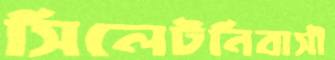
সিলেটনিবাসী